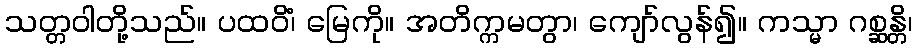
သတ္တဝါတို့သည်။ ပထဝိံ၊ မြေကို။ အတိက္ကမတွာ၊ ကျော်လွန်၍။ ကသ္မာ ဂစ္ဆန္တိ၊